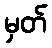
မှတ်